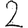
Digit: 2